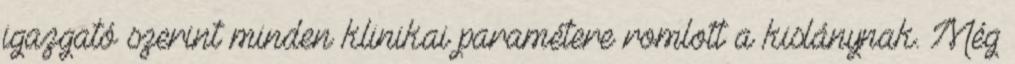
igazgató szerint minden klinikai paramétere romlott a kislánynak. Még